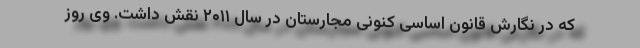
که در نگارش قانون اساسی کنونی مجارستان در سال ۲۰۱۱ نقش داشت. وی روز